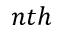
n t h